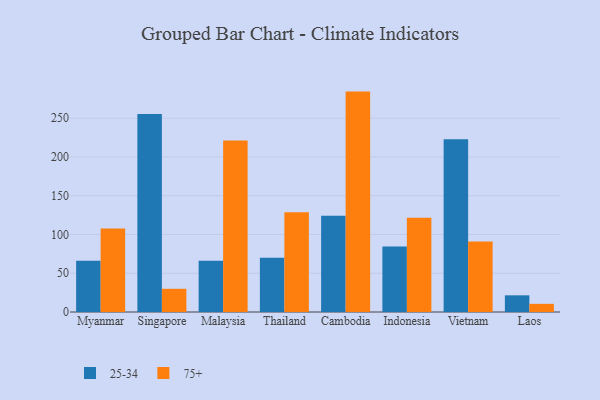
{"axis": {"x": "Country", "y": "Backlog"}, "legend": ["25-34", "75+"], "data": [{"x": "Myanmar", "y": 66.1, "type": "25-34"}, {"x": "Myanmar", "y": 107.7, "type": "75+"}, {"x": "Singapore", "y": 255.3, "type": "25-34"}, {"x": "Singapore", "y": 29.9, "type": "75+"}, {"x": "Malaysia", "y": 66.2, "type": "25-34"}, {"x": "Malaysia", "y": 221.3, "type": "75+"}, {"x": "Thailand", "y": 70.1, "type": "25-34"}, {"x": "Thailand", "y": 128.6, "type": "75+"}, {"x": "Cambodia", "y": 124.2, "type": "25-34"}, {"x": "Cambodia", "y": 284.3, "type": "75+"}, {"x": "Indonesia", "y": 84.4, "type": "25-34"}, {"x": "Indonesia", "y": 121.5, "type": "75+"}, {"x": "Vietnam", "y": 222.7, "type": "25-34"}, {"x": "Vietnam", "y": 91.0, "type": "75+"}, {"x": "Laos", "y": 21.5, "type": "25-34"}, {"x": "Laos", "y": 10.5, "type": "75+"}]}